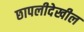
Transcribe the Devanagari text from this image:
छापलीदेखील